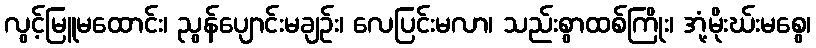
လွင့်မြူမထောင်း၊ ညွန်ပျောင်းမချဉ်း၊ လေပြင်းမလာ၊ သည်းစွာထစ်ကြိုး၊ အုံ့မိုးဃ်းမစွေ၊